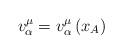
LaTeX: \begin{align*}v_{\alpha}^{\mu} = v_{\alpha}^{\mu} \left( x_A \right)\end{align*}